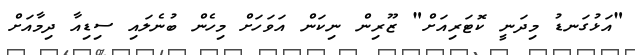
"އަޅުގަނޑު މިދަނީ ކޮޓަރިއަށް" ޒޫރިން ނިކަން އަވަހަށް މިހެން ބުނެލައި ސިޑިއާ ދިމާއަށް